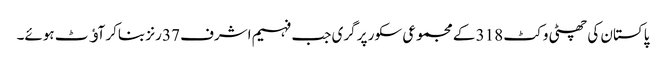
پاکستان کی چھٹی وکٹ 318 کے مجموعی سکور پر گری جب فہیم اشرف 37 رنز بناکر آﺅٹ ہوئے۔